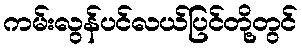
ကမ်းလွန်ပင်လယ်ပြင်တို့တွင်